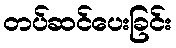
တပ်ဆင်ပေးခြင်း